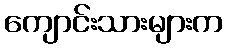
ကျောင်းသားများက